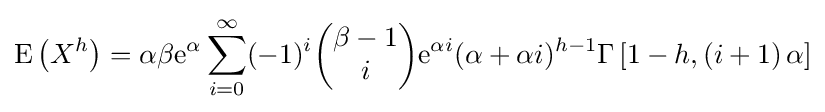
{\textrm {E}}\left(X^{h}\right)=\alpha \beta \mathrm {e} ^{\alpha }\sum _{i=0}^{\infty }(-1)^{i}{\begin{pmatrix}\beta -1\\i\end{pmatrix}}\mathrm {e} ^{\alpha i}(\alpha +\alpha i)^{h-1}\Gamma \left[1-h,\left(i+1\right)\alpha \right]